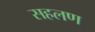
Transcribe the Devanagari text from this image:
सहलण